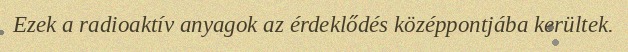
Ezek a radioaktív anyagok az érdeklődés középpontjába kerültek.